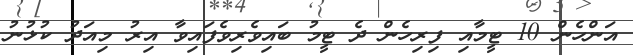
އަންހެން 10 ޓީމާއި ފިރިހެން ދެ ޓީމު ބައިވެރިވެފައިވާ އިރު މިއަދު ކުޅުނު